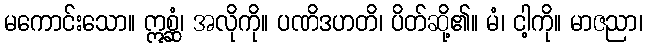
မကောင်းသော။ ဣစ္ဆံ၊ အလိုကို။ ပဏိဒဟတိ၊ ပိတ်ဆို့၏။ မံ၊ ငါ့ကို။ မာဇညာ၊